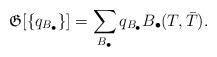
LaTeX: \begin{align*}\mathfrak{G}[\{q_{B_{\bullet}}\}]=\sum_{B_{\bullet}}q_{B_{\bullet}}B_{\bullet}(T,\bar{T}).\end{align*}